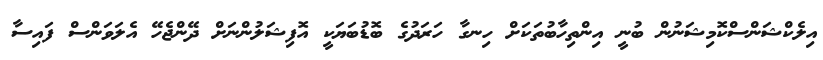
އިލެކްޝަންސްކޮމިޝަނުން ބުނީ އިންތިހާބުތަކަށް ހިނގާ ހަރަދުގެ ބޮޑުބަޔަކީ އޮފިޝަލުންނަށް ދޭންޖެހޭ އެލަވަންސް ފައިސާ